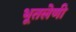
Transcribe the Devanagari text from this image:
भूतलेणी